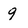
Character: 9